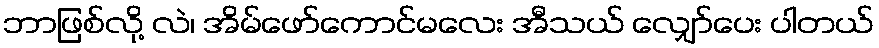
ဘာဖြစ်လို့ လဲ၊ အိမ်ဖော်ကောင်မလေး အီသယ် လျှော်ပေး ပါတယ်